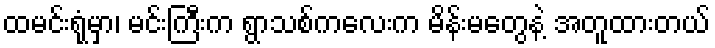
ထမင်းရုံမှာ၊ မင်းကြီးက ရွာသစ်ကလေးက မိန်းမတွေနဲ့ အတူထားတယ်